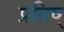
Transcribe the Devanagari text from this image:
प्रतिष्